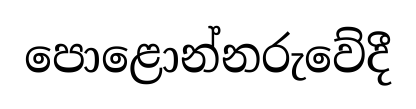
පොළොන්නරුවේදී